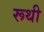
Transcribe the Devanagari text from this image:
रूथी